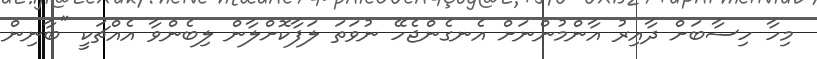
މިހާ ހިސާބަށް ދާއިރު އާންމުންނަށް އެނގެންޖެހޭ ނުވަތަ ލަފާކޮށްލާން ލިބެންވާ އެއްޗަކީ "ބާނިން